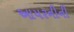
આયરનીની